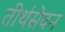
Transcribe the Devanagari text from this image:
तीर्थसेवन